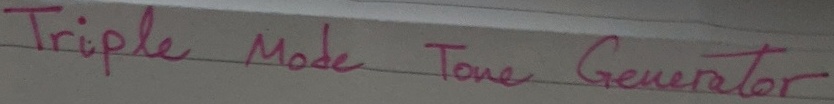
Text: Triple Mode Tone Generator